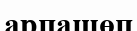
арпашөп